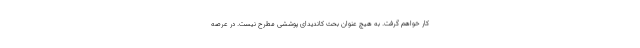
کار خواهم گرفت. به هیچ عنوان بحث کاندیدای پوششی مطرح نیست. در عرصه